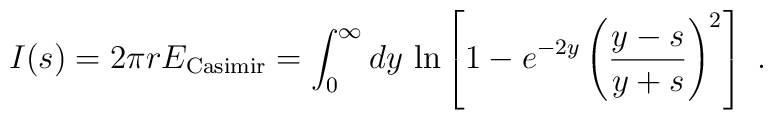
I(s)= 2 \pi r E_{\rm Casimir} = \int_0^{\infty} dy\,\ln\left[1-e^{-2y}\left({y-s\over y+s}\right)^2\right] \ .